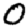
Digit: 0